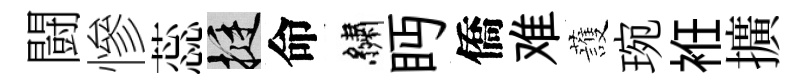
闘慘蕊挺命繡眄僑难䕶琬袵擴